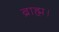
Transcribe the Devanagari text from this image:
ब्राह्म।